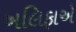
ખલિફાએ